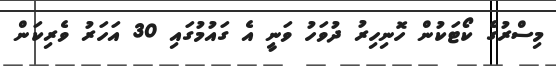
މިސްރުގެ ކޯޓަކުން ހޮނިހިރު ދުވަހު ވަނީ އެ ގައުމުގައި 30 އަހަރު ވެރިކަން